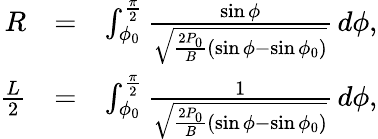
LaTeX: \begin{array}{rlr}{R}&{=}&{\int_{\phi_{0}}^{\frac{\pi}{2}}\frac{\sin\phi}{\sqrt{\frac{2P_{0}}{B}(\sin\phi-\sin\phi_{0})}}\, d\phi,}\\ {\frac{L}{2}}&{=}&{\int_{\phi_{0}}^{\frac{\pi}{2}}\frac{1}{\sqrt{\frac{2P_{0}}{B}(\sin\phi-\sin\phi_{0})}}\, d\phi,}\end{array}